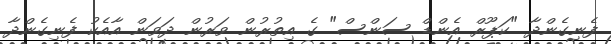
ފެނިގެންދާ "ކަޕޫރް އެންޑް ސަންސް" ގެ އިތުރުން ވަރުން ދަވަން އާއެކު ފެނިގެންދާ